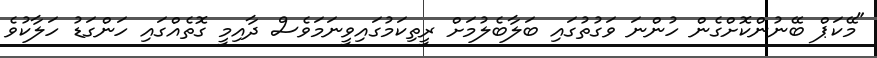
"މޭކަޕް ބޭނުންކޮށްގެން ހުންނަ ވަގުތުގައި ބަލާބެލުމަށް ރީތިކަމުގައިވީނަމަވެސް ދާއިމީ ގޮތެއްގައި ހަންގަޑު ހަލާކުވެ